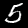
Label: 5